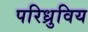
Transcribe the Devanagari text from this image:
परिध्रुविय